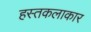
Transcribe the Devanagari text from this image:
हस्तकलाकार